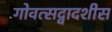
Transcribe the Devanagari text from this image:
गोवत्सद्वादशीस